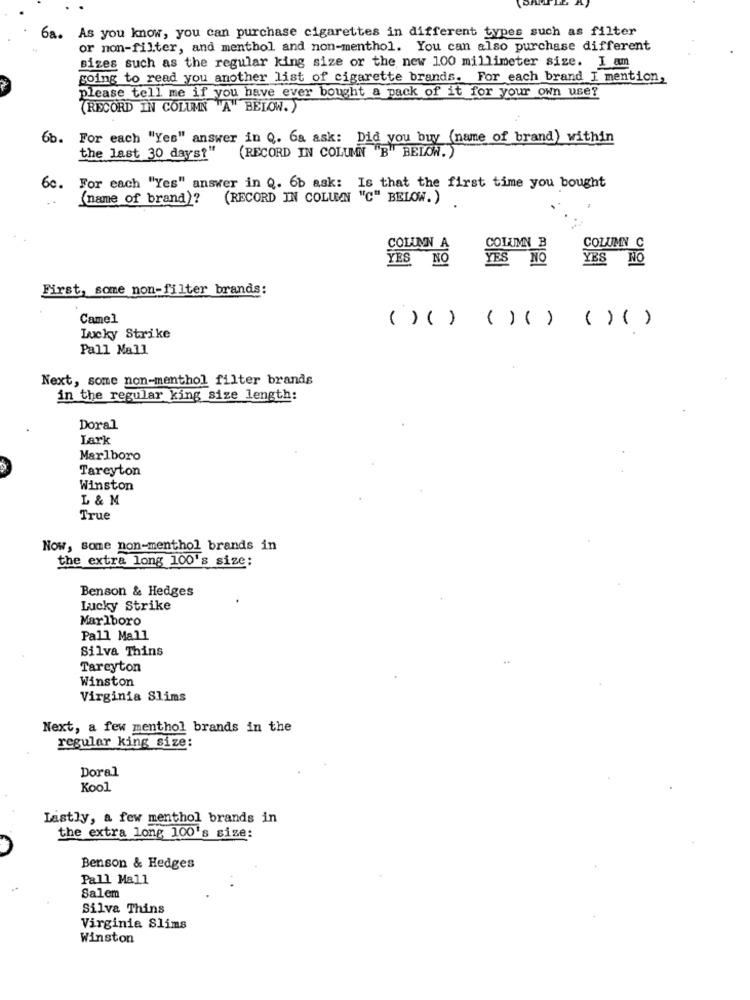
6a. As you know, you can purchase cigarettes in different types such as filter
or non-filter, and menthol and non-menthol. You can also purchase different
sizes such as the regular king size or the new 100 millimeter size. I am
going to read you another list of cigarette brands. For each brand I mention,
please tell me if you have ever bought a pack of it for your own use?
(RECORD IN COLUMN "A" BELOW.)
6b. For each "Yes" answer in Q. 6a ask: Did you buy (name of brand) within
(RECORD IN COLUMN "B" BELOW. )
the last 30 days?"
6c. For each "Yes" answer in Q. 6b ask: Is that the first time you bought
(name of brand)? (RECORD IN COLUMN "C" BELOW.)
COLUMN A
COLUMN B
COLUMN C
YES NO
YES NO
First, some non-filter brands:
Camel
( ) ( ) ( ) ( ) ( ) ( )
Lucky Strike
Pall Mall
Next, some non-menthol filter brands
in the regular king size length:
Doral
Lark
Marlboro
Tareyton
Winston
L & M
True
Now, some non-menthol brands in
the extra long 100's size:
Benson & Hedges
Lucky Strike
Marlboro
Pall Mall
Silva Thins
Tareyton
Winston
Virginia Slims
Next, a few menthol brands in the
regular king size:
Doral
Kool
Lastly, a few menthol brands in
the extra long 100's size:
Benson & Hedges
Pall Mall
Salem
Silva Thins
Virginia Slims
Winston